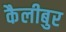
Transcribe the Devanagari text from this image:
कैलीबुर